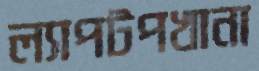
ল্যাপটপখানা